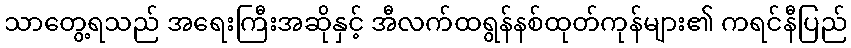
သာတွေ့ရသည် အရေးကြီးအဆိုနှင့် အီလက်ထရွန်နစ်ထုတ်ကုန်များ၏ ကရင်နီပြည်